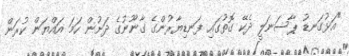
"އަޅުގަނޑު ޕާސަނަލީ ދެކޭ ގޮތުގައި ފަނޑިޔާރުންގެ ގާނޫނުގެ ދަށުން ހަމަ އައްޔަން ކުރަން